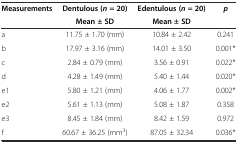
<table><thead><tr><td rowspan="2"><b>Measurements</b></td><td><b>Dentulous (<i>n</i>= 20)</b></td><td><b>Edentulous (<i>n</i>= 20)</b></td><td rowspan="2"><b><i>p</i></b></td></tr><tr><td><b>Mean ± SD</b></td><td><b>Mean ± SD</b></td></tr></thead><tbody><tr><td>a</td><td>11.75 ± 1.70 (mm)</td><td>10.84 ± 2.42</td><td>0.241</td></tr><tr><td>b</td><td>17.97 ± 3.16 (mm)</td><td>14.01 ± 3.50</td><td>0.001*</td></tr><tr><td>c</td><td>2.84 ± 0.79 (mm)</td><td>3.56 ± 0.91</td><td>0.022*</td></tr><tr><td>d</td><td>4.28 ± 1.49 (mm)</td><td>5.40 ± 1.44</td><td>0.020*</td></tr><tr><td>e1</td><td>5.80 ± 1.21 (mm)</td><td>4.06 ± 1.77</td><td>0.002*</td></tr><tr><td>e2</td><td>5.61 ± 1.13 (mm)</td><td>5.08 ± 1.87</td><td>0.358</td></tr><tr><td>e3</td><td>8.45 ± 1.84 (mm)</td><td>8.42 ± 1.59</td><td>0.972</td></tr><tr><td>f</td><td>60.67 ± 36.25 (mm<sup>3</sup>)</td><td>87.05 ± 32.34</td><td>0.036*</td></tr></tbody></table>